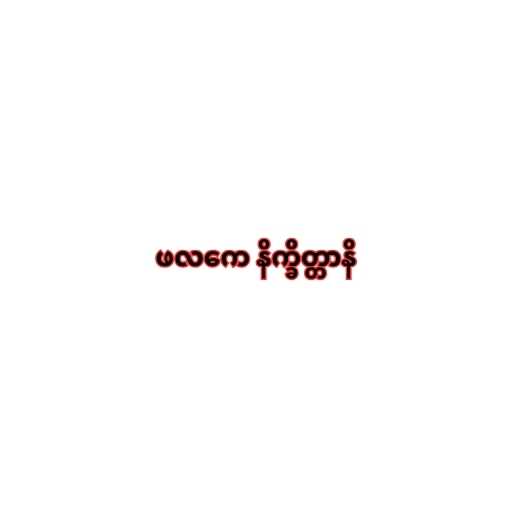
ဖလကေ နိက္ခိတ္တာနိ